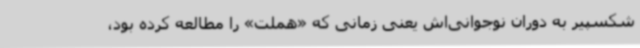
شکسپیر به دوران نوجوانی‌اش یعنی زمانی که «هملت» را مطالعه کرده بود،